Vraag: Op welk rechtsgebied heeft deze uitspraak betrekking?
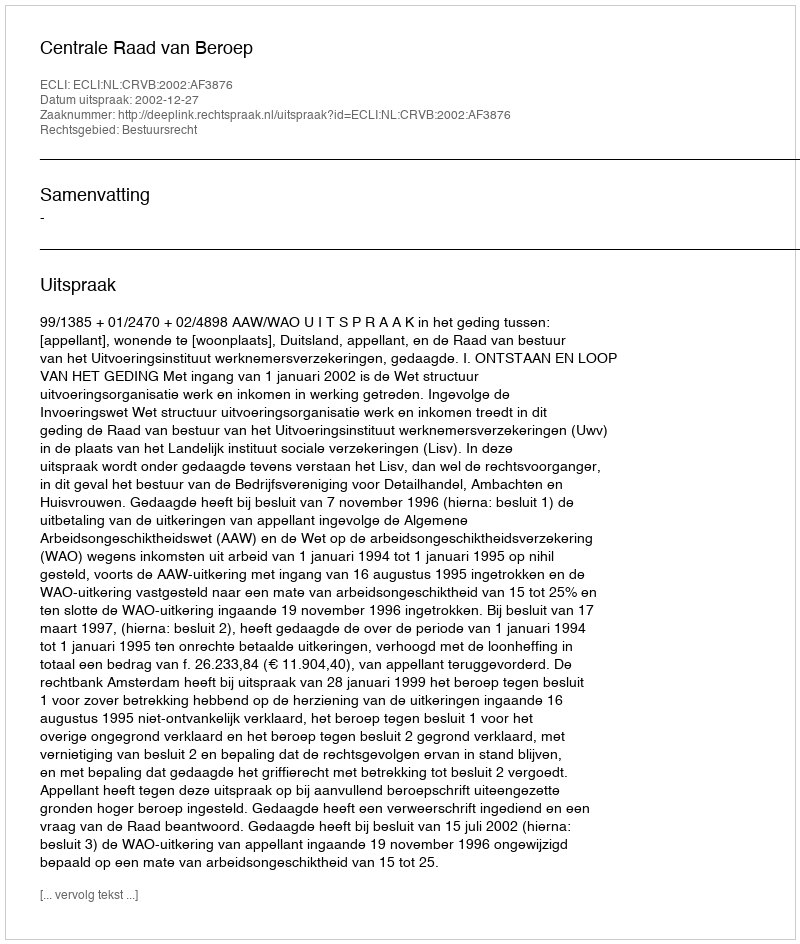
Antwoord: Bestuursrecht